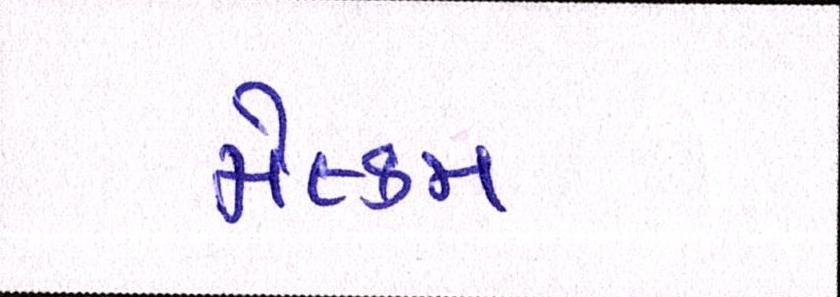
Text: મેલ્કમ